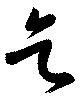
乞